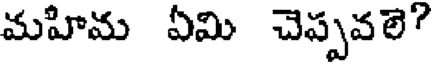
మహిమ ఏమి చెప్పవలె?